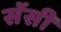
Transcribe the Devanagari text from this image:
सॅसी